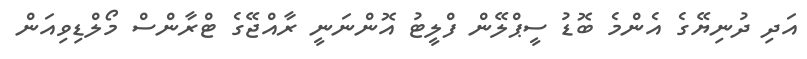
އަދި ދުނިޔޭގެ އެންމެ ބޮޑު ސީޕްލޭން ފްލީޓު އޮންނަނީ ރާއްޖޭގެ ޓްރާންސް މޯލްޑިވިއަން